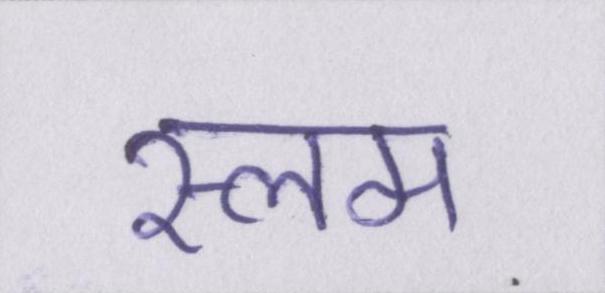
स्लम